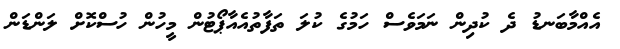
އެއްމާބަނޑު ދެ ކުދިން ނަމަވެސް ހަމުގެ ކުލަ ތަފާތުއެއާޕޯޓުން މީހުން ހުސްކޮށް ލަންޑަން